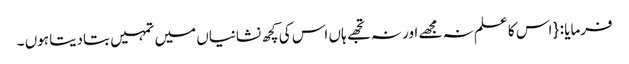
فرمایا : { اس کا علم نہ مجھے اور نہ تجھے ہاں اس کی کچھ نشانیاں میں تمہیں بتادیتا ہوں ۔